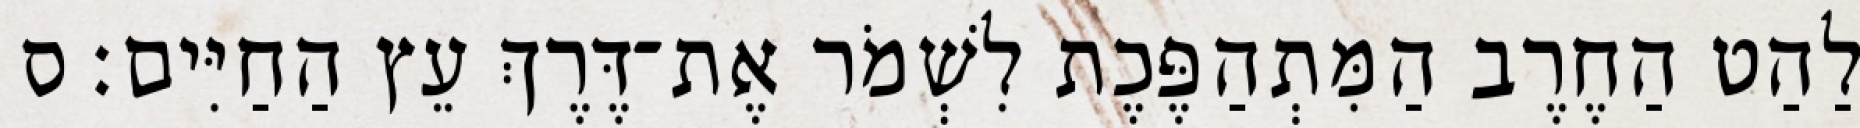
לַהַט הַחֶרֶב הַמִּתְהַפֶּכֶת לִשְׁמֹר אֶת־דֶּרֶךְ עֵץ הַחַיִּים׃ ס